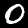
Digit: 0